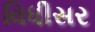
વિધીસર